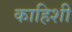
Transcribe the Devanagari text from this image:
काहिशी